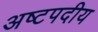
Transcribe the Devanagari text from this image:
अष्टपदीय